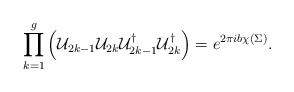
\begin{align*}\prod_{k=1}^g\left({\cal U}_{2k-1}{\cal U}_{2k}{\cal U}_{2k-1}^{\dagger} {\cal U}_{2k}^{\dagger}\right)= e^{2\pi ib\chi(\Sigma)}. \end{align*}